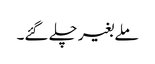
ملے بغیر چلے گئے۔